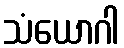
သံယောဂါ